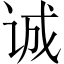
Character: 诚